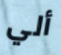
ألي